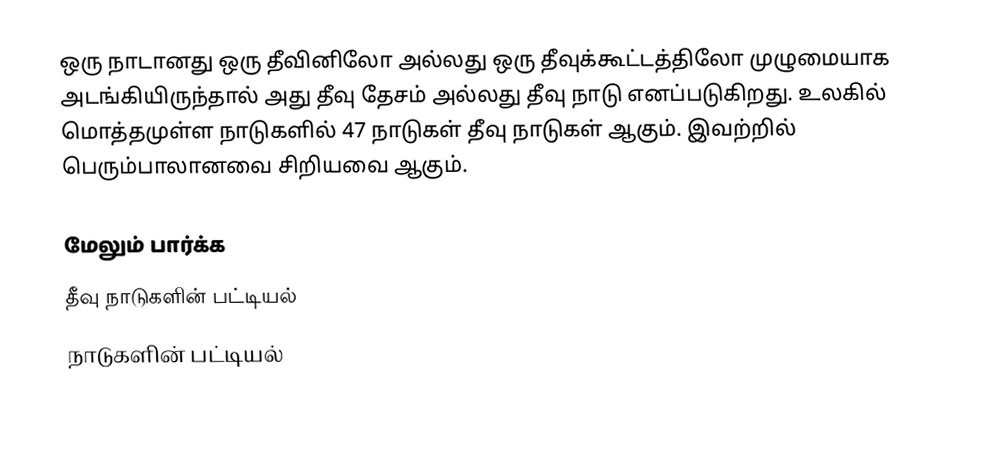
ஒரு நாடானது ஒரு தீவினிலோ அல்லது ஒரு தீவுக்கூட்டத்திலோ முழுமையாக அடங்கியிருந்தால் அது தீவு தேசம் அல்லது தீவு நாடு எனப்படுகிறது. உலகில் மொத்தமுள்ள நாடுகளில் 47 நாடுகள் தீவு நாடுகள் ஆகும். இவற்றில் பெரும்பாலானவை சிறியவை ஆகும்.

மேலும் பார்க்க
 தீவு நாடுகளின் பட்டியல்
 நாடுகளின் பட்டியல்